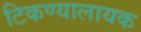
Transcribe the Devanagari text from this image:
टिकण्यालायक